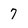
Character: 7